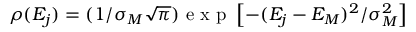
\rho ( E _ { j } ) = ( 1 / \sigma _ { M } \sqrt \pi ) \mathrm { ~ e ~ x ~ p ~ } \left[ - ( E _ { j } - E _ { M } ) ^ { 2 } / \sigma _ { M } ^ { 2 } \right]